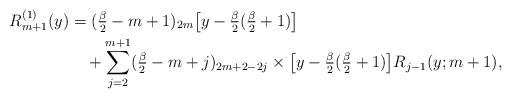
LaTeX: \begin{align*} R^{(1)}_{m+1}(y)&=(\tfrac{\beta}{2}-m+1)_{2m}\big[y-\tfrac{\beta}{2}(\tfrac{\beta}{2}+1)\big]\\ &\quad+\sum_{j=2}^{m+1} (\tfrac{\beta}{2}-m+j)_{2m+2-2j} \times \big[y-\tfrac{\beta}{2}(\tfrac{\beta}{2}+1) \big] R_{j-1}(y;m+1), \end{align*}